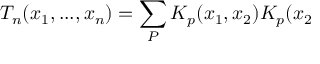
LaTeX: T _ { n } ( x _ { 1 } , . . . , x _ { n } ) = \sum _ { P } K _ { p } ( x _ { 1 } , x _ { 2 } ) K _ { p } ( x _ { 2 }